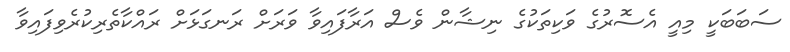
ސަބަބަކީ މިއީ އެސޮރުގެ ވަކިތަކުގެ ނިޝާން ވެސް އަރާފައިވާ ވަރަށް ރަނގަޅަށް ރައްކާތެރިކުރެވިފައިވާ